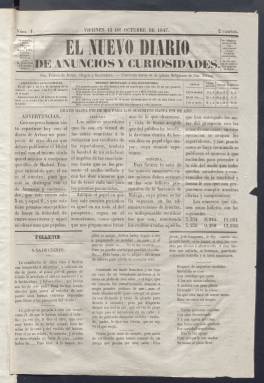
Título: El Nuevo diario de anuncios y curiosidades
Colección: Periódicos anteriores a 1850
Ámbito geográfico: Madrid
Lugar de publicación: Madrid
Fechas: 15/10/1847-31/10/1847